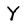
Character: Y